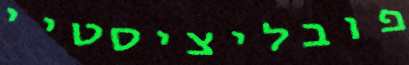
פובליציסטיי